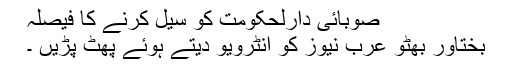
صوبائی دارلحکومت کو سیل کرنے کا فیصلہ
بختاور بھٹو عرب نیوز کو انٹرویو دیتے ہوئے پھٹ پڑیں ۔